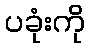
ပခုံးကို